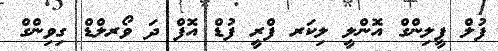
ފުލް ފީލިންގް އޮންލީ ލިކަރ ފްރީ ފުޑް އޮފް ދަ ވޯރލްޑް ގިވިންގް